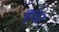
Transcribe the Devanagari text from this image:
कृडर